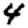
Digit: 4